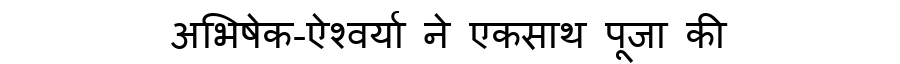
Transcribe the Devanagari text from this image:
अभिषेक-ऐश्वर्या ने एकसाथ पूजा की